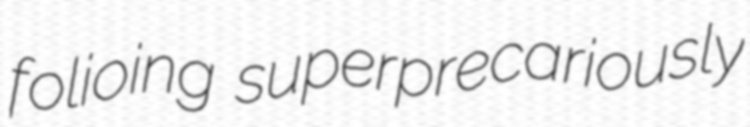
folioing superprecariously